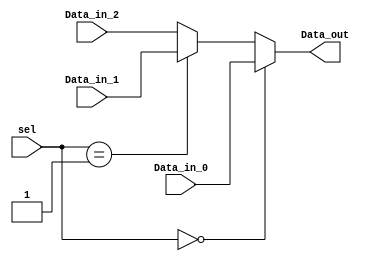
`timescale 1ns / 1ps
//////////////////////////////////////////////////////////////////////////////////
// Company: 
// Engineer: 
// 
// Design Name: 
// Module Name:    MultiPlexer 
// Project Name: 
// Target Devices: 
// Tool versions: 
// Description: 
//
// Dependencies: 
//
// Revision: 
// Revision 0.01 - File Created
// Additional Comments: 
//
//////////////////////////////////////////////////////////////////////////////////
module MultiPlexer(
    Data_in_0,
    Data_in_1,
    Data_in_2,
    sel,
    Data_out
    
    );
	input[31:0] Data_in_0;
	input[31:0] Data_in_1;
	input[31:0] Data_in_2;
   input[1:0] sel;
   output[31:0] Data_out;
   reg[31:0] Data_out;
	always @(Data_in_0,Data_in_1,Data_in_2,sel)
		begin
			if(sel == 0) 
					Data_out = Data_in_0;  //when select signal to the mux is low
			else if(sel ==1)
					Data_out = Data_in_1;  //when select signal to the mux is high
			else
					Data_out = Data_in_2;  
			
		end
    
endmodule